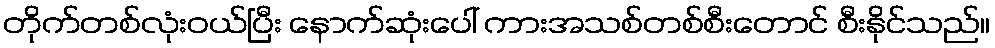
တိုက်တစ်လုံးဝယ်ပြီး နောက်ဆုံးပေါ် ကားအသစ်တစ်စီးတောင် စီးနိုင်သည်။